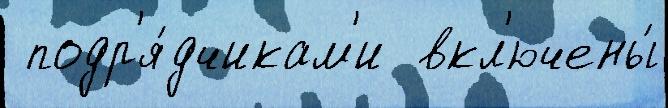
 подр'я́дчикам'и  вкл'ючены́